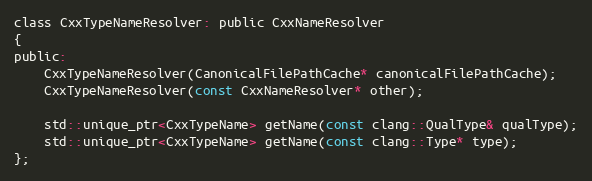
Language: C
class CxxTypeNameResolver: public CxxNameResolver
{
public:
	CxxTypeNameResolver(CanonicalFilePathCache* canonicalFilePathCache);
	CxxTypeNameResolver(const CxxNameResolver* other);

	std::unique_ptr<CxxTypeName> getName(const clang::QualType& qualType);
	std::unique_ptr<CxxTypeName> getName(const clang::Type* type);
};